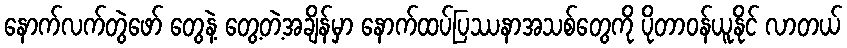
နောက်လက်တွဲဖော် တွေနဲ့ တွေ့တဲ့အချိန်မှာ နောက်ထပ်ပြဿနာအသစ်တွေကို ပိုတာဝန်ယူနိုင် လာတယ်